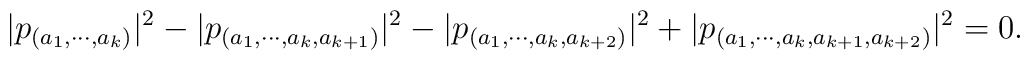
|p_{(a_1,\cdots,a_k)}|^2-|p_{(a_1,\cdots,a_k,a_{k+1})}|^2-|p_{(a_1,\cdots,a_k,a_{k+2})}|^2+|p_{(a_1,\cdots,a_k,a_{k+1},a_{k+2})}|^2=0.